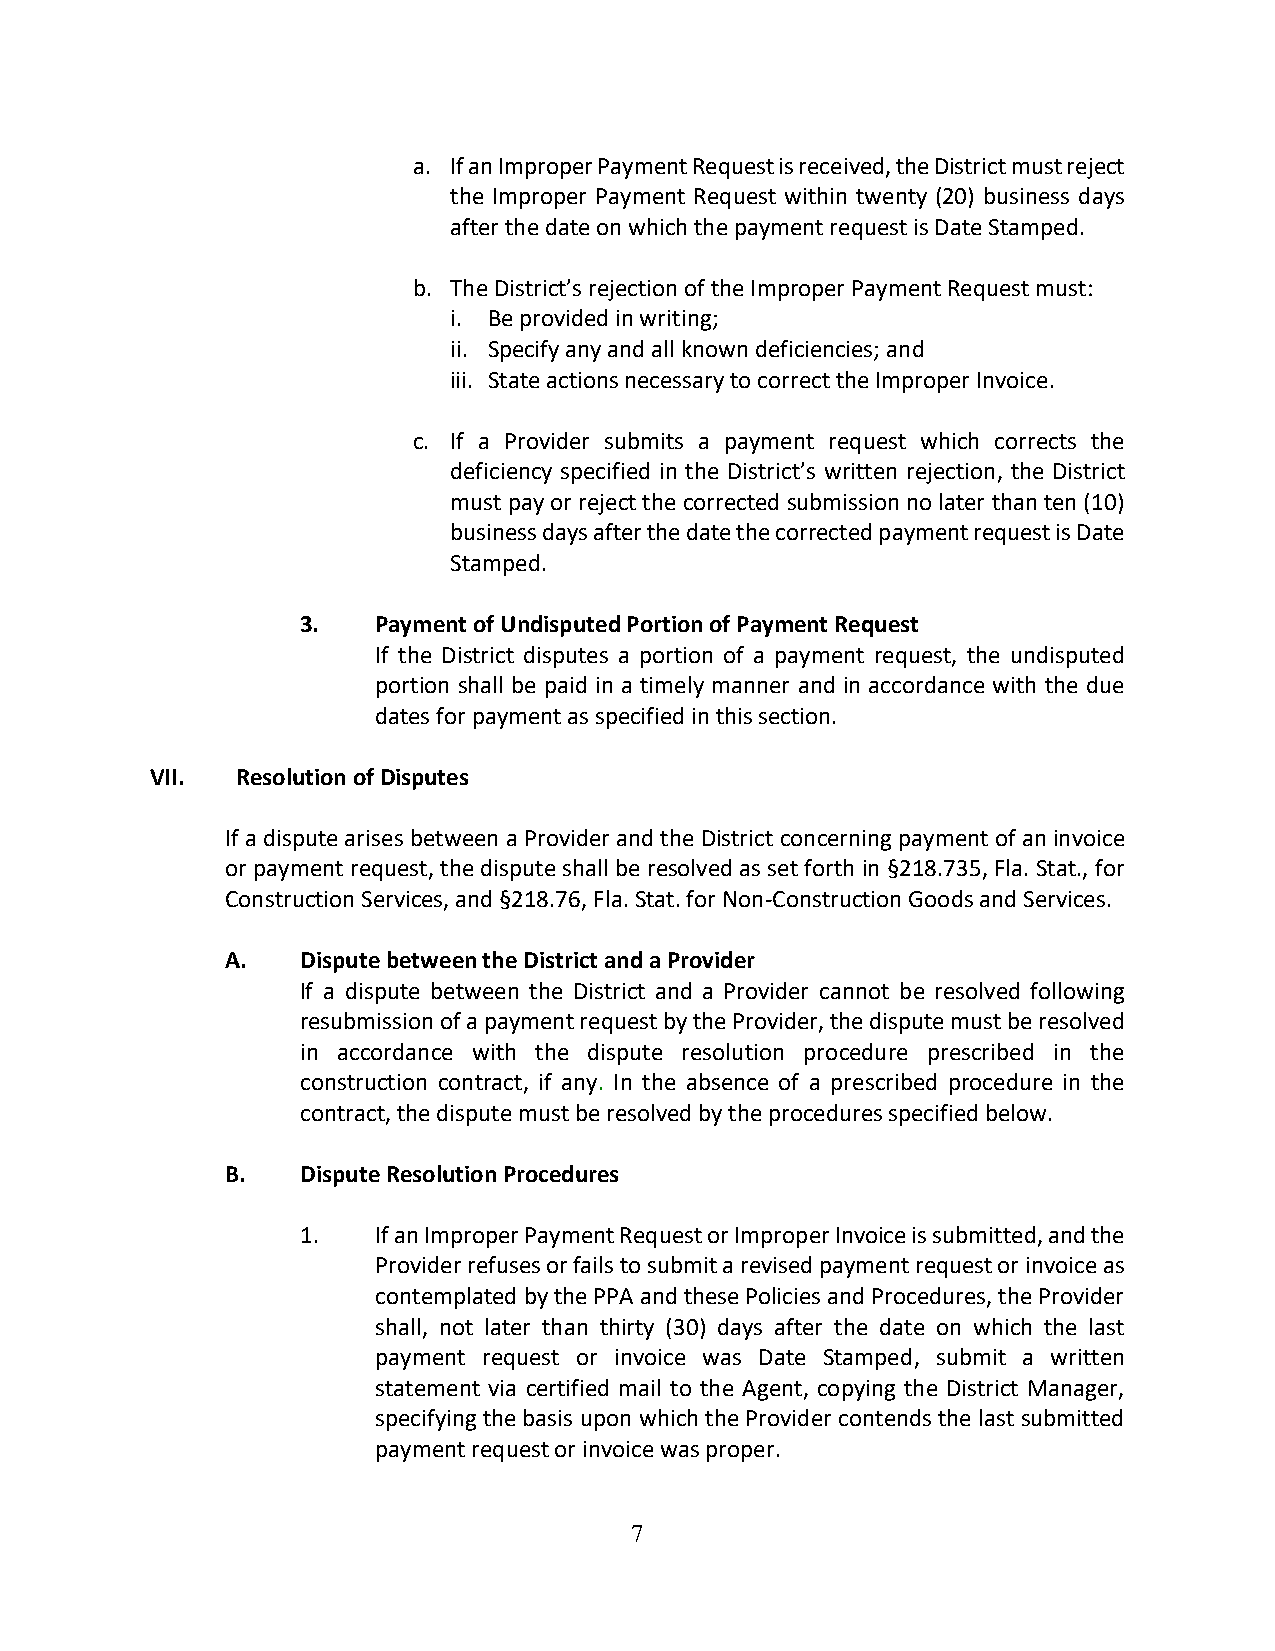
a. If an Improper Payment Request is received, the District must reject
 the Improper Payment Request within twenty (20) business days
 after the date on which the payment request is Date Stamped.
 b. The District’s rejection of the Improper Payment Request must:
 i. Be provided in writing;
 ii. Specify any and all known deficiencies; and
 iii. State actions necessary to correct the Improper Invoice.
 c. If a Provider submits a payment request which corrects the
 deficiency specified in the District’s written rejection, the District
 must pay or reject the corrected submission no later than ten (10)
 business days after the date the corrected payment request is Date
 Stamped.
 3.   Payment of Undisputed Portion of Payment Request
 If the District disputes a portion of a payment request, the undisputed
 portion shall be paid in a timely manner and in accordance with the due
 dates for payment as specified in this section.
 VII.  Resolution of Disputes
 If a dispute arises between a Provider and the District concerning payment of an invoice
 or payment request, the dispute shall be resolved as set forth in §218.735, Fla. Stat., for
 Construction Services, and §218.76, Fla. Stat. for Non-Construction Goods and Services.
 A.   Dispute between the District and a Provider
 If a dispute between the District and a Provider cannot be resolved following
 resubmission of a payment request by the Provider, the dispute must be resolved
 in accordance with the dispute resolution procedure prescribed in the
 construction contract, if any. In the absence of a prescribed procedure in the
 contract, the dispute must be resolved by the procedures specified below.
 B.   Dispute Resolution Procedures
 1.   If an Improper Payment Request or Improper Invoice is submitted, and the
 Provider refuses or fails to submit a revised payment request or invoice as
 contemplated by the PPA and these Policies and Procedures, the Provider
 shall, not later than thirty (30) days after the date on which the last
 payment request or invoice was Date Stamped, submit a written
 statement via certified mail to the Agent, copying the District Manager,
 specifying the basis upon which the Provider contends the last submitted
 payment request or invoice was proper.
 7